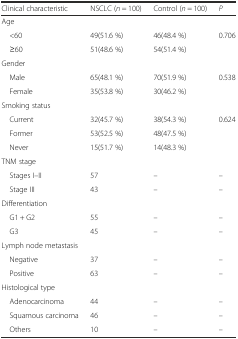
<table><thead><tr><td><b>Clinical characteristic</b></td><td><b>NSCLC (<i>n</i> = 100)</b></td><td><b>Control (<i>n</i> = 100)</b></td><td><b><i>P</i></b></td></tr></thead><tbody><tr><td colspan="4">Age</td></tr><tr><td> &lt;60</td><td>49(51.6 %)</td><td>46(48.4 %)</td><td>0.706</td></tr><tr><td> ≥60</td><td>51(48.6 %)</td><td>54(51.4 %)</td><td>[EMPTY_CELL]</td></tr><tr><td colspan="4">Gender</td></tr><tr><td> Male</td><td>65(48.1 %)</td><td>70(51.9 %)</td><td>0.538</td></tr><tr><td> Female</td><td>35(53.8 %)</td><td>30(46.2 %)</td><td>[EMPTY_CELL]</td></tr><tr><td colspan="4">Smoking status</td></tr><tr><td> Current</td><td>32(45.7 %)</td><td>38(54.3 %)</td><td>0.624</td></tr><tr><td> Former</td><td>53(52.5 %)</td><td>48(47.5 %)</td><td>[EMPTY_CELL]</td></tr><tr><td> Never</td><td>15(51.7 %)</td><td>14(48.3 %)</td><td>[EMPTY_CELL]</td></tr><tr><td colspan="4">TNM stage</td></tr><tr><td> Stages I–II</td><td>57</td><td>–</td><td>–</td></tr><tr><td> Stage III</td><td>43</td><td>–</td><td>–</td></tr><tr><td colspan="4">Differentiation</td></tr><tr><td> G1 + G2</td><td>55</td><td>–</td><td>–</td></tr><tr><td> G3</td><td>45</td><td>–</td><td>–</td></tr><tr><td colspan="4">Lymph node metastasis</td></tr><tr><td> Negative</td><td>37</td><td>–</td><td>–</td></tr><tr><td> Positive</td><td>63</td><td>–</td><td>–</td></tr><tr><td colspan="4">Histological type</td></tr><tr><td> Adenocarcinoma</td><td>44</td><td>–</td><td>–</td></tr><tr><td> Squamous carcinoma</td><td>46</td><td>–</td><td>–</td></tr><tr><td> Others</td><td>10</td><td>–</td><td>–</td></tr></tbody></table>